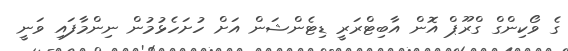
ގެ ވޯކިންގް ގްރޫޕް އޮން އާބިޓްރަރީ ޑިޓެންޝަން އަށް ހުށަހެޅުމުން ނިންމާފައި ވަނީ